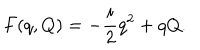
F ( q , Q ) = - { \frac { i } { 2 } } q ^ { 2 } + q Q .